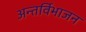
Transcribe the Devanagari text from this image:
अन्तर्विभाजन